Vana-Antsla_vallavalitsus, lk 8
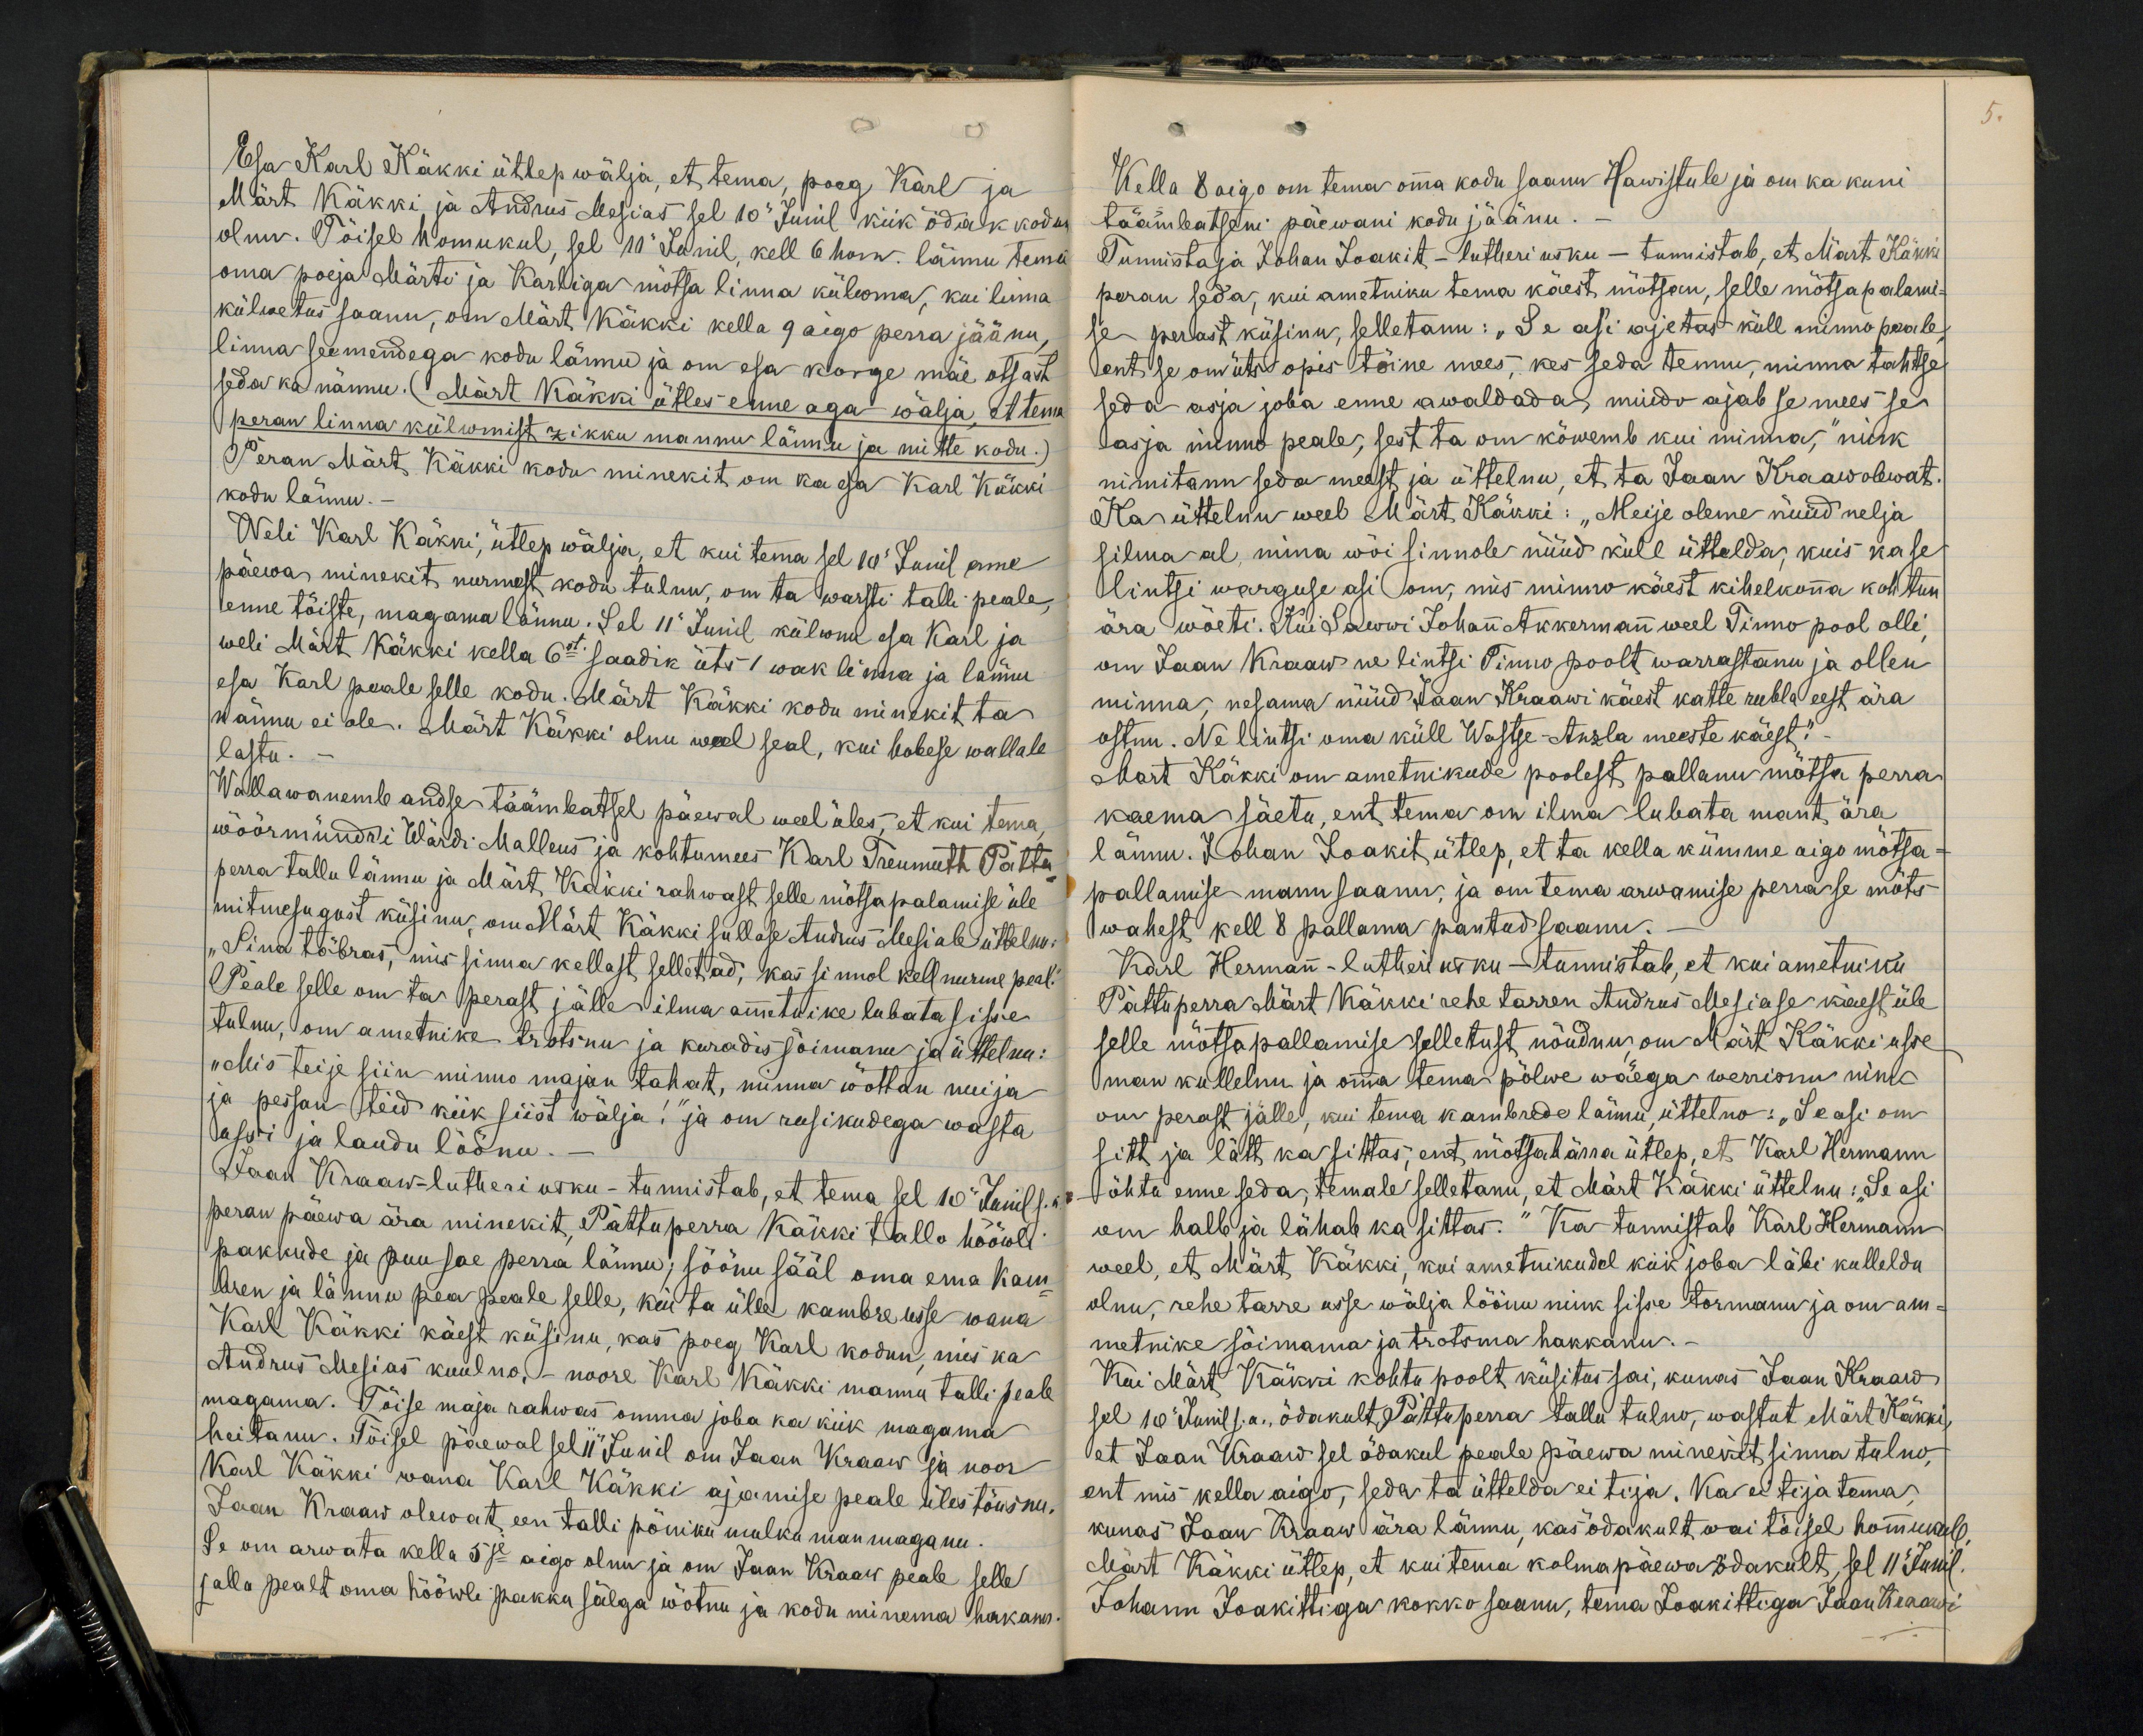
5.

Esa Karl Käkki ütlep wälja, et tema, poeg Karl ja
Märt Käkki ja Andrus Mesias sel 10 Junil kiik õdak kodus
olnu. Tõisel homukul, sel 10. Junil, kell 6 hom. lännu tema
oma poeja Märti ja Karliga mõtsa linna külwma, kui linna
külwetus saanu, om Märt Käkki kella 9 aigo perra jäänu,
linna seemendega kodu lännu ja om esa korge mäe otsast
seda ka nännu. (Märt Käkki ütles enne aga wälja, et tema
peran linna külwmist zikku mannu lännu ja mitte kodu.)
Peran Märt, Käkki kodu minekit om ka esa Karl Käkki
kodu lännu.
Weli Karl Käkki, ütlep wälja, et kui tema sel 10 Junil enne
päewa minekit nurmest kodu tulnu, om ta warsti talli peale,
enne tõiste, magama lännu. Sel 11 Junil külwnu esa Karl ja
weli Märt Käkki kella 6st. saadik üts 1 wak linna ja lännu
esa Karl peale selle kodu. Märt Käkki kodo minekit ta
nännu ei ole. Märt Käkki olnu weel seal, kui hobese wallale
lastu.
Wallawanemb andse täämbatsel päewal weel üles, et kui tema
wöörmündri Wärdi Malleus ja kohtumees Karl Treumuth Pättu
perra tallu lännu ja Märt Käkki rahwast selle mõtsapalamise üle
mitmesugust küsinu, om Märt Käkki sullase Andrus Mesiale üttelnu:
"Sina tõbras, mis sinna kellast selletad, kas sinnol kell nurme peal."
Peale selle om ta perast jälle ilma ametnike lubata sisse
tulnu, on ametnike trotsnu ja kuradis sõimanu ja üttelnu:
"Mis teije siin minno majan tahat, minna wõttan nuija
ja pessan teid kiik siist wälja!" ja om rusikudega wasta
assi ja laudu löönu.
Jaan Kraaw - lutheri usku - tunnistab, et tema sel 10 Junil s.a
peran päewa ära minekit, Pättuperra Käkki tallu hööwli
pakkude ja puu sae perra lännu; söönu sääl oma ema kam-
bren ja lännu pea peale selle, kui ta ülle kambre usse wana
Karl Käkki käest küsinu, kas poeg Karl kodun, mis ka
Andrus Mesias kuulno,- noore Karl Käkki mannu talli peale
magama. Tõise maja rahwas omma joba ka kõik magama
heitanu. Tõisel päewal sel 11 Junil om Jaan Kraaw ja noor
Karl Käkki wana Karl Käkki ajamise peale üles tõusnu
Jaan Kraaw olewat, een talli pöniku mulku man maganu.
Se om arwata kella 5je aigo olnu ja om Jaan Kraaw peale selle
jalla pealt oma hööwli pakku sälga wõtnu ja kodu minema hakanu

Kella 8 aigo om tema oma kodu saanu Hawistule ja om ka kuni
täämbatsetni päewani kodu jäänu.
Tunnistaja Johan Joakit - lutheri usku - tunnistab, et Märt Käkki
peran seda, kui ametniku tema käest mõtsan, selle mõtsapalami-
se perast küsinu, selletanu: "Se asi ajetas küll minno peale
ent se om üts opis tõine mees, kes seda tennu, minna tahtse
seda asja joba enne awaldada, muido ajab se mees se
asja minno peale, sest ta om kõwemb kui minna," nink
nimitanu seda meest ja üttelnu, et ta Jaan Kraaw olewat.
Ka üttelnu weel Märt Käkki: "Meije oleme nüüd nelja
silma al, mina wõi sinnole nüüd küll üttelda, kuis ka se
Hintsi warguse asi om, mis minno käest kihelkonna kohtun
ära wõeti. Kui Sawwi Johann Akkermann weel Tinno pool olli,
om Jaan Kraaw ue lintsi Tinno poolt warrastanu ja ollen
minna, nesama nüüd Jaan Kraawi käest katte rubla eest ära
ostnu. Ne lintsi oma küll Wastse-Anzla meeste käest."
Mart Käkki om ametnikude poolest pallanu mõtsa perra
kaema säetu, ent tema on ilma lubata mant ära
lännu. Johan Joakit ütlep, et ta kella kümme aigo mõtsa-
pallamise mann saanu, ja om tema arwamise perra se mõts
wahest kell 8 pallama pantud saanu.
Karl Hermann - lutheri usku - tunnistab, et kui ametniku
Pättuperra Märt Käkki rehe tarren Andrus Mesiase käest üle
selle mõtsapallamise selletust nõudnu, om Märt Käkki usse
man kullelnu ja omma tema põlwe wäega werrisnu ning
om perast jälle, kui tema kambrede läinu, üttelno: "Se asi om
sitt ja lätt ka sittas, ent mõtsa härra ütlep, et Karl Hermann
õhtu enne seda, temale selletanu, et Märt Käkki üttelnu: "Se asi
om halb ja lähab ka sittas." Ka tunnistab Karl Hermann
weel, et Märt Käkki, kui ametnikudel kõik joba läbi kulleldu
olnu, rehe tarre usse wälja löönu nink sisse tormanu ja om am-
metnike sõimama ja trotsma hakkanu.
Kui Märt Käkki kohtu poolt küsitus sai, kunas Jaan Kaaw
sel 10 Junil s.a. õdakult Pättuperra tallu tulno, wastut Märt Käkki
et Jaan Kraaw sel õdakul peale päewa minekit sinna tulno,
ent mis kella aigo, seda ta üttelda ei tija. Ka ei tija tema
kunas Jaan Kraaw ära lännu, kas õdakult wai tõisel hommukull
Märt Käkki ütlep, et kui tema kolmapäewa õdakult, sel 11 Junil
Johann Joakittiga kokko saanu, tema Joakittiga Jaan Kraawi